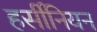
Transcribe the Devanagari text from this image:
हर्सीनियन